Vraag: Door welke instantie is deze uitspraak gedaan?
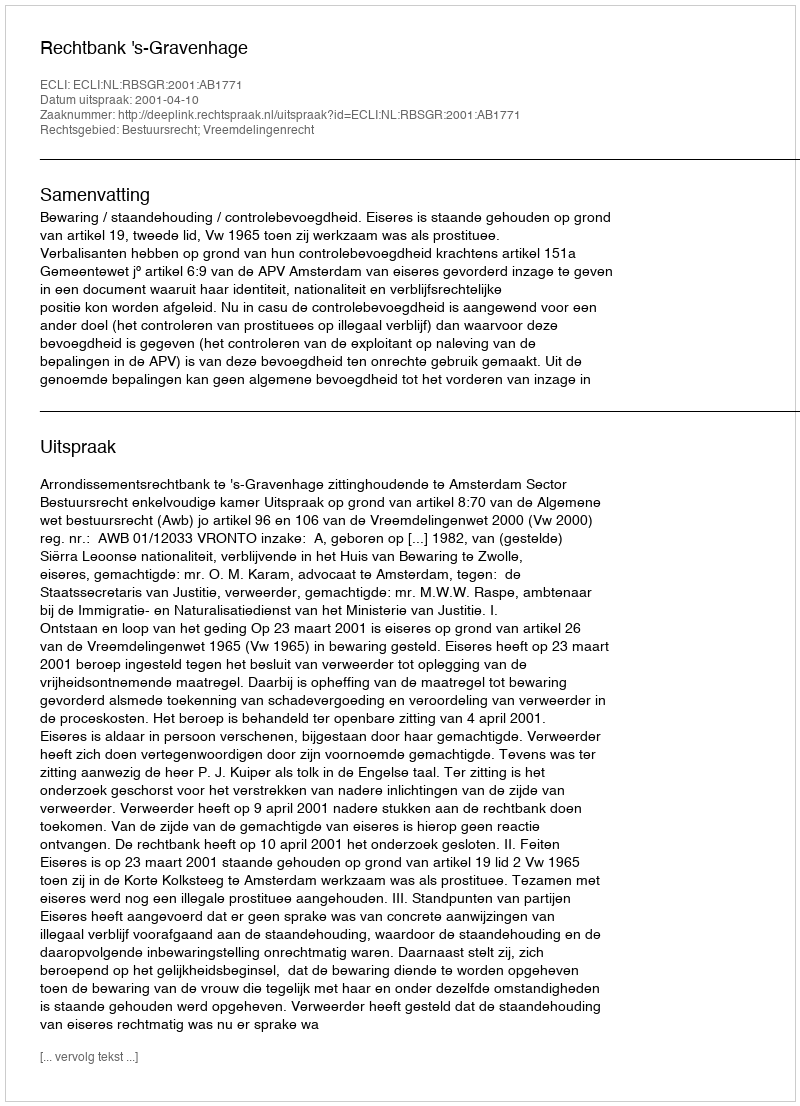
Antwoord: Rechtbank 's-Gravenhage